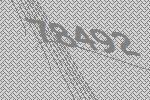
78492